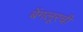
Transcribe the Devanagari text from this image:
बेंगलूरची